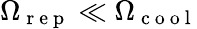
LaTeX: \Omega_{\mathrm{~r~e~p~}}\ll\Omega_{\mathrm{~c~o~o~l~}}